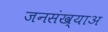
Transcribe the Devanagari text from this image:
जनसंख्याअ